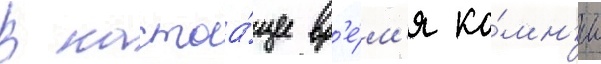
В настоа́щее вр'е́м'я ка́мн'и